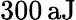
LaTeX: {300}\, \mathrm{aJ}